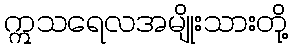
ဣသရေလအမျိုးသားတို့